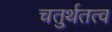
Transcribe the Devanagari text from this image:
चतुर्थतत्व